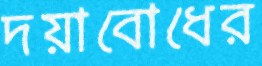
দয়াবোধের